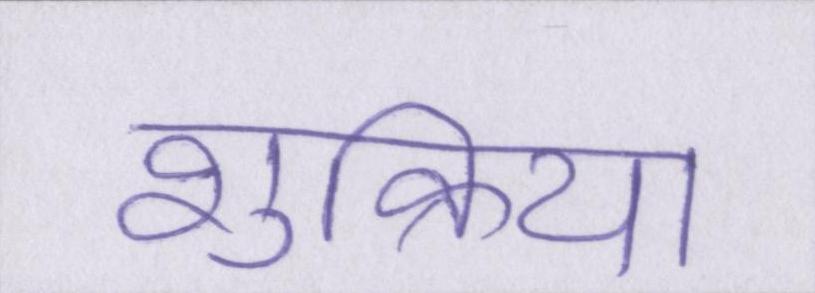
शुक्रिया